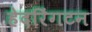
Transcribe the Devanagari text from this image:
हेदरिंगटन